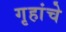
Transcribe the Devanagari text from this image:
गृहांचे